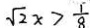
\sqrt { 2 } x > \frac { 1 } { 8 }